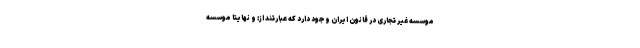
موسسه غیر تجاری در قانون ایران وجود دارد که عبارتند از: و نهایتا موسسه